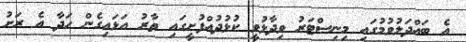
އެ ބައްދަލުވުމުގައި މިނިސްޓަރު ވިދާޅުވީ ކުޅުދުއްފުށީގައި ތާރު އަޅައިގެން ހަދާ އެ ރަށު